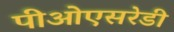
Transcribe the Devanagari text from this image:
पीओएसरेडी